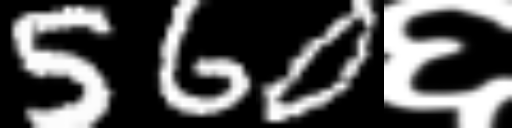
Text: 560६